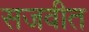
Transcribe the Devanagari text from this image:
सजवीत